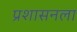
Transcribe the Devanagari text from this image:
प्रशासनला